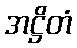
အဋ္ဌိတံ